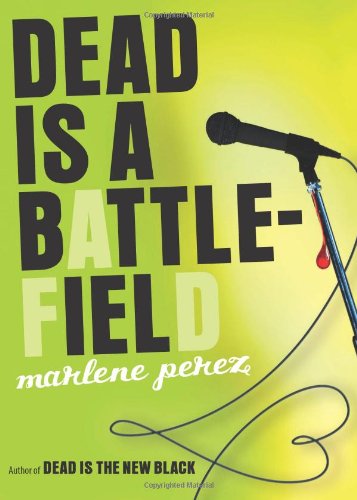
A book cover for Dead Is a Battlefield; Marlene Perez; Teen & Young Adult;